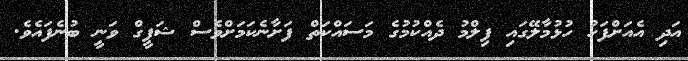
އަދި އެއަށްފަހު ހުޅުމާލޭގައި ފިލްމު ދެއްކުމުގެ މަސައްކަތް ފަށާނެކަމަށްވެސް ޝަފީގް ވަނީ ބުނެފައެވެ.